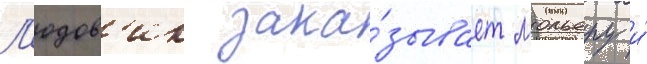
Л'юдов'ик зака́зывает мольеру и́